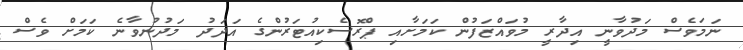
ނަމަވެސް މަދުވާނީ އިދާރީ މުވައްޒަފުން ކަމަށާއި ޕްރޮސެކިއުޓަރުންގެ އަދަދު މަދުނުވާނެ ކަމަށް ވެސް